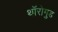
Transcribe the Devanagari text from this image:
थॉरोगुड